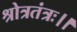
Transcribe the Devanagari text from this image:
श्रोत्रतंत्रः।।